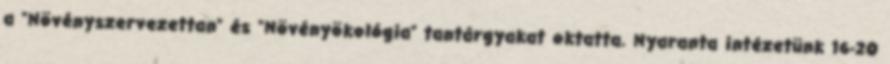
a ”Növényszervezettan” és ”Növényökológia” tantárgyakat oktatta. Nyaranta intézetünk 16-20